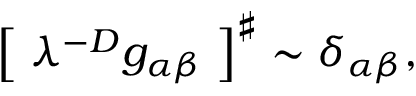
\left[ \; \lambda ^ { - D } g _ { \alpha \beta } \; \right] ^ { \sharp } \sim \delta _ { \alpha \beta } ,